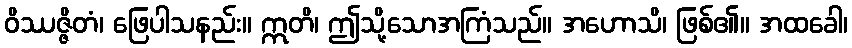
ဝိဿဇ္ဇိတံ၊ ဖြေပါသနည်း။ ဣတိ၊ ဤသို့သောအကြံသည်။ အဟောသိ၊ ဖြစ်၏။ အထခေါ၊